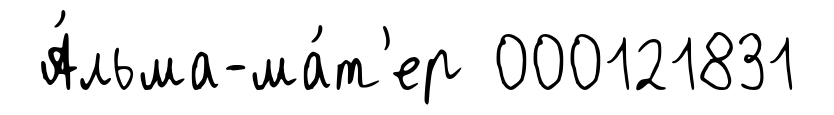
А́льма-ма́т'ер 000121831